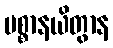
ပစ္စာနယိတွာန